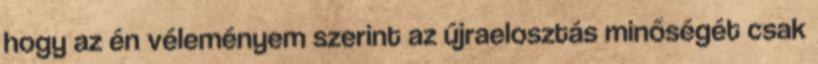
hogy az én véleményem szerint az újraelosztás minőségét csak